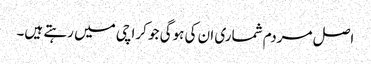
اصل مردم شماری ان کی ہوگی جو کراچی میں رہتے ہیں۔